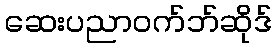
ဆေးပညာဝက်ဘ်ဆိုဒ်